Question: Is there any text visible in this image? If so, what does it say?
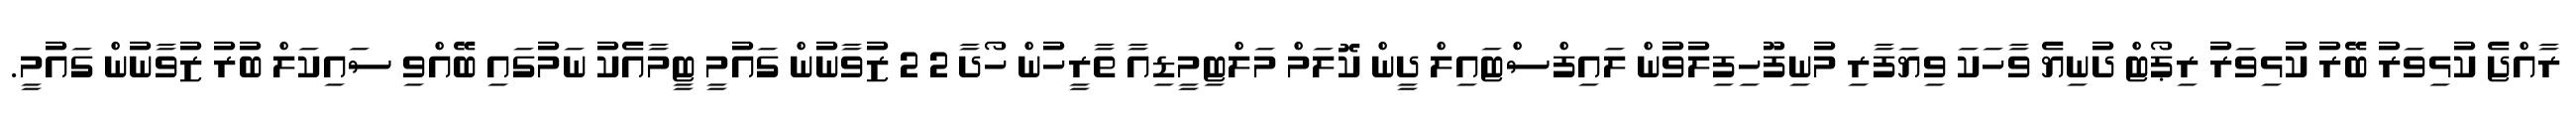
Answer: ރާއްޖެ ކުޅިވަރު ބޭރު ކުޅިވަރު ރިޕޯޓް ދުނިޔެ ވާހަކަ ވިޔަފާރި މުނިފޫހިފިލުވުން ލައިފްސްޓައިލް ދީން ކޮލަމް މަލްޓިމީޑިއާ ތާރީހުން ހޯދާ 2 2 ޒުވާނުން ގައުމީ ޓީމާއެކު ނަމުގައި ބޭއްވި ސައިކަލް ބުރު ޒުވާނުން ގައުމީ.